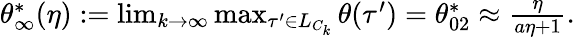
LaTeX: \begin{array}{r}{{\theta}_{\infty}^{*}(\eta):=\operatorname*{lim}_{k\to\infty}\operatorname*{max}_{\tau^{\prime}\in L_{C_{k}}}\theta(\tau^{\prime})=\theta_{02}^{*}\approx\frac{\eta}{a\eta+1}.}\end{array}